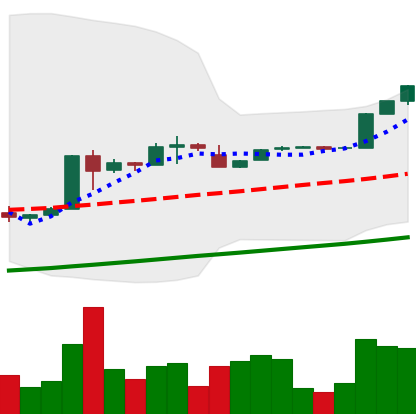
Ticker: BTC-USD
Chart end date: 2017-02-02
Forward return: 4.897%
Label: up_3_5